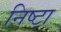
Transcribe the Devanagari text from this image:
निष्टा